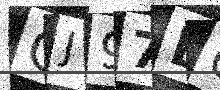
Text: QJ97BU